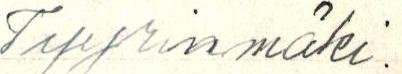
Tyyrinmäki.